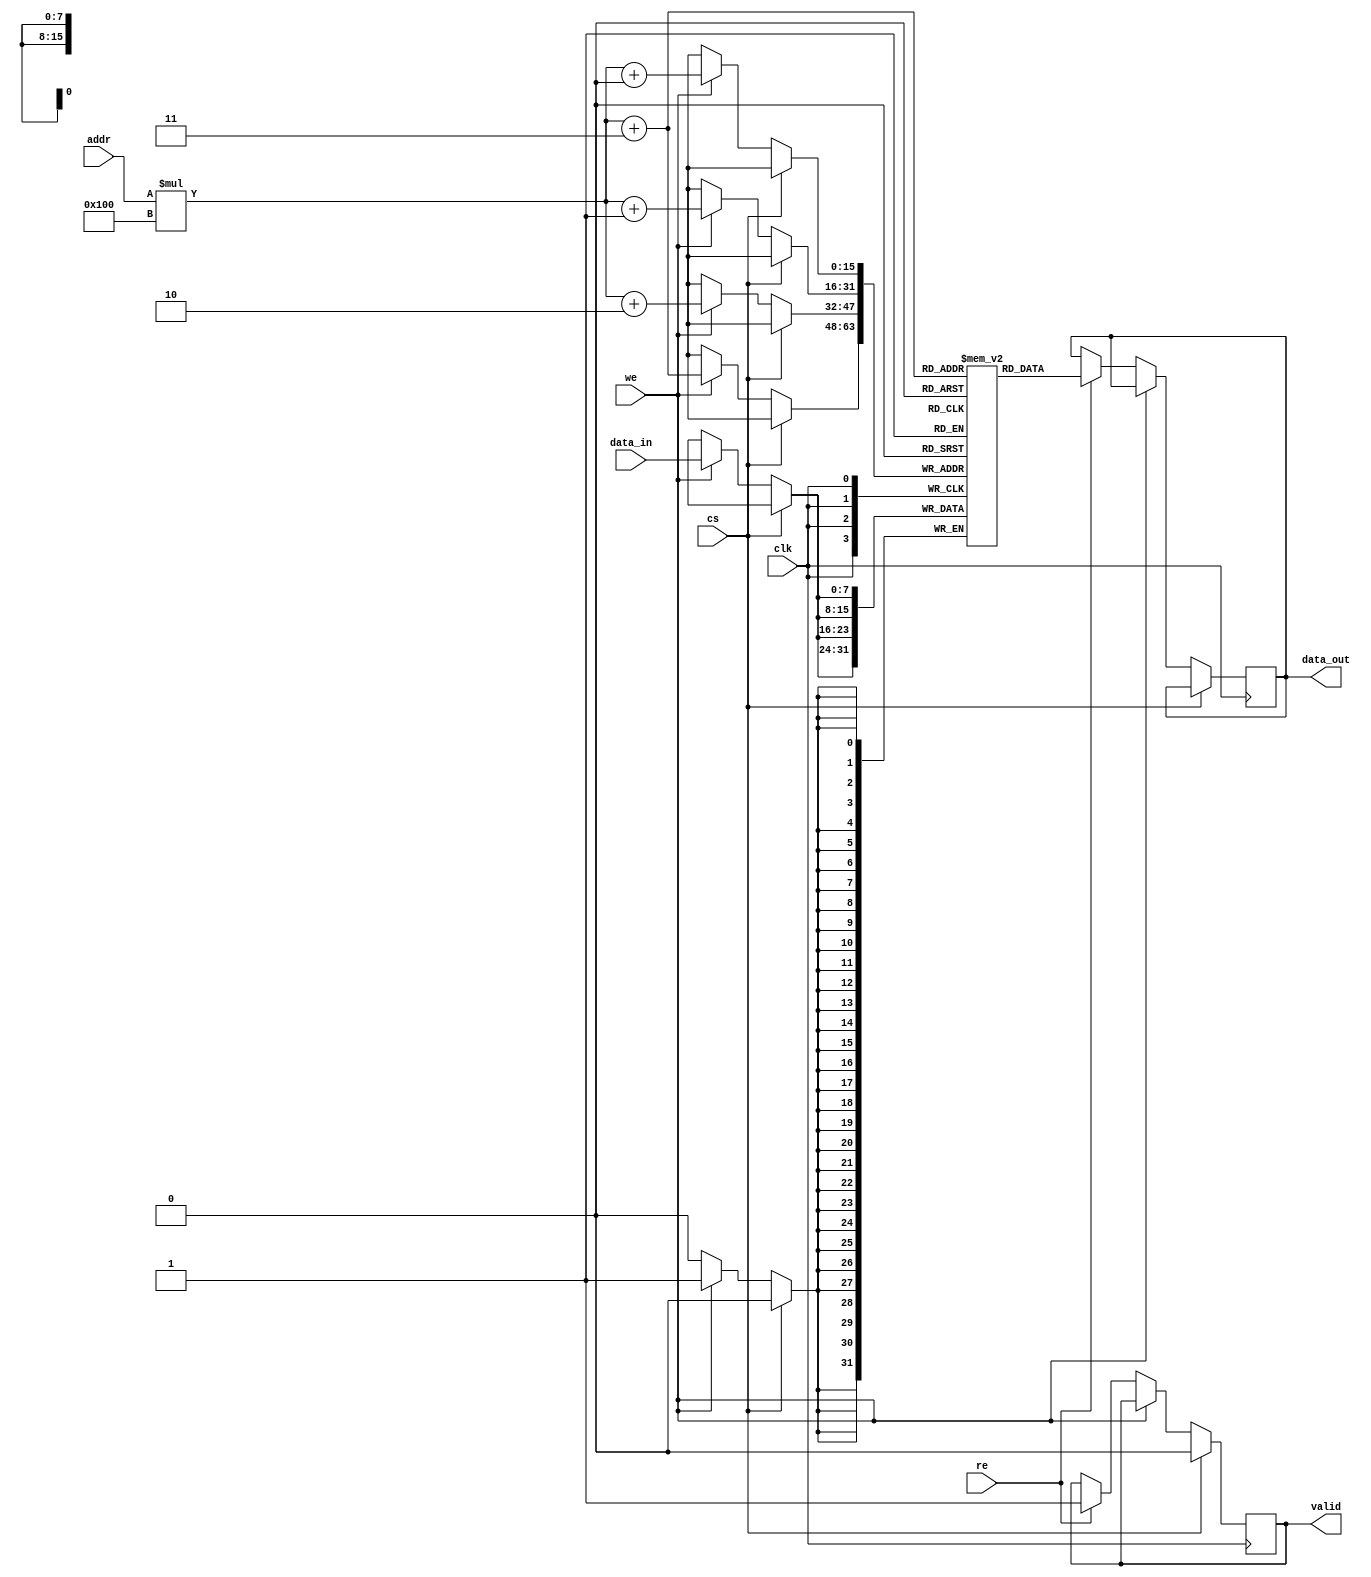
module BurstSRAM #(
    parameter ADDR_WIDTH = 8, // Address width (8 bits for 256x256)
    parameter DATA_WIDTH = 8,  // Data width (8, 16, or 32 bits)
    parameter BURST_LENGTH = 4  // Configurable burst length (1, 2, 4, 8)
)(
    input wire clk,                // Clock signal
    input wire cs,                 // Chip Select
    input wire we,                 // Write Enable
    input wire re,                 // Read Enable
    input wire [ADDR_WIDTH-1:0] addr, // Address input
    input wire [DATA_WIDTH-1:0] data_in, // Data input
    output reg [DATA_WIDTH-1:0] data_out, // Data output
    output reg valid               // Output valid signal
);

    // Memory array declaration (256 x 256 bits)
    reg [DATA_WIDTH-1:0] memory [0:255][0:255];

    // Internal signals for burst operations
    integer i;
    reg [ADDR_WIDTH-1:0] burst_addr;

    // Read and Write operations
    always @(posedge clk) begin
        if (!cs) begin // Chip is selected
            if (we) begin // Write operation
                for (i = 0; i < BURST_LENGTH; i = i + 1) begin
                    memory[addr][i] <= data_in; // Write data to memory
                end
            end else if (re) begin // Read operation
                valid <= 1'b1; // Set valid signal
                for (i = 0; i < BURST_LENGTH; i = i + 1) begin
                    data_out <= memory[addr][i]; // Read data from memory
                end
            end
        end else begin
            valid <= 1'b0; // Clear valid signal when chip is not selected
        end
    end

    // Optional: Error detection (parity bits, ECC) can be added here

endmodule